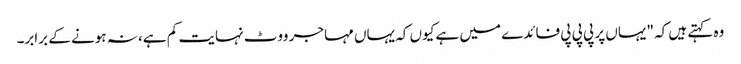
وہ کہتے ہیں کہ "یہاں پر پی پی پی فائدے میں ہے کیوں کہ یہاں مہاجر ووٹ نہایت کم ہے، نہ ہونے کے برابر۔